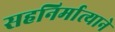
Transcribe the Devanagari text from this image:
सहनिर्मात्याने